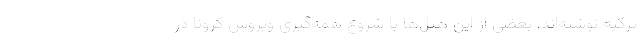
ترکیه نوشته‌اند، بعضی از این هتل‌ها با شروع همه‌گیری ویروس کرونا در